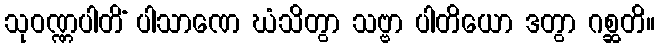
သုဝဏ္ဏပါတိံ ပါသာဏေ ဃံသိတွာ သဗ္ဗာ ပါတိယော ဒတွာ ဂစ္ဆတိ။